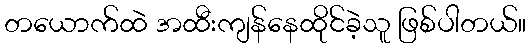
တယောက်ထဲ အထီးကျန်နေထိုင်ခဲ့သူ ဖြစ်ပါတယ်။